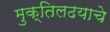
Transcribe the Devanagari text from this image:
मुक्तिलढयाचे